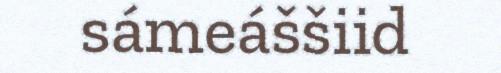
sámeáššiid